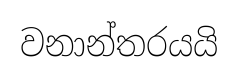
වනාන්තරයයි